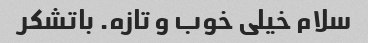
سلام خیلی خوب و تازه. باتشکر